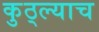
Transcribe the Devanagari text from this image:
कुठ्ल्याच